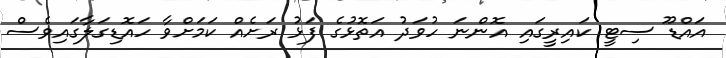
އައްޑޫ ސިޓީ ކައިރީގައި އޮންނަ ހުވަދު އަތޮޅުގެ ފަޅު ރަށެއް ކަމަށްވާ ހައޮޑިގަލާގައިވެސް